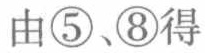
由\textcircled{5}、\textcircled{8}得